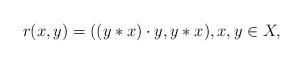
LaTeX: \begin{align*}r(x,y)=((y*x)\cdot y,y*x),x,y\in X,\end{align*}